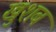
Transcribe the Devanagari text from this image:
खुशब